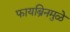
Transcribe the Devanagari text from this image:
फायब्रिनमुळे